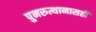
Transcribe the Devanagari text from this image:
पुनरुत्थानासही